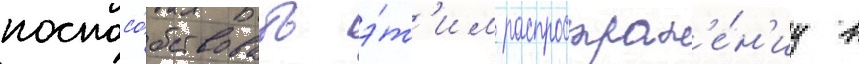
поспосо́бствовать э́т'им распростран'е́н'иу в